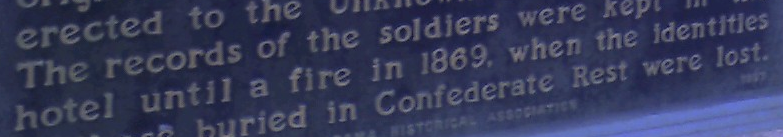
hotel until a fire in 1869,when the identitles